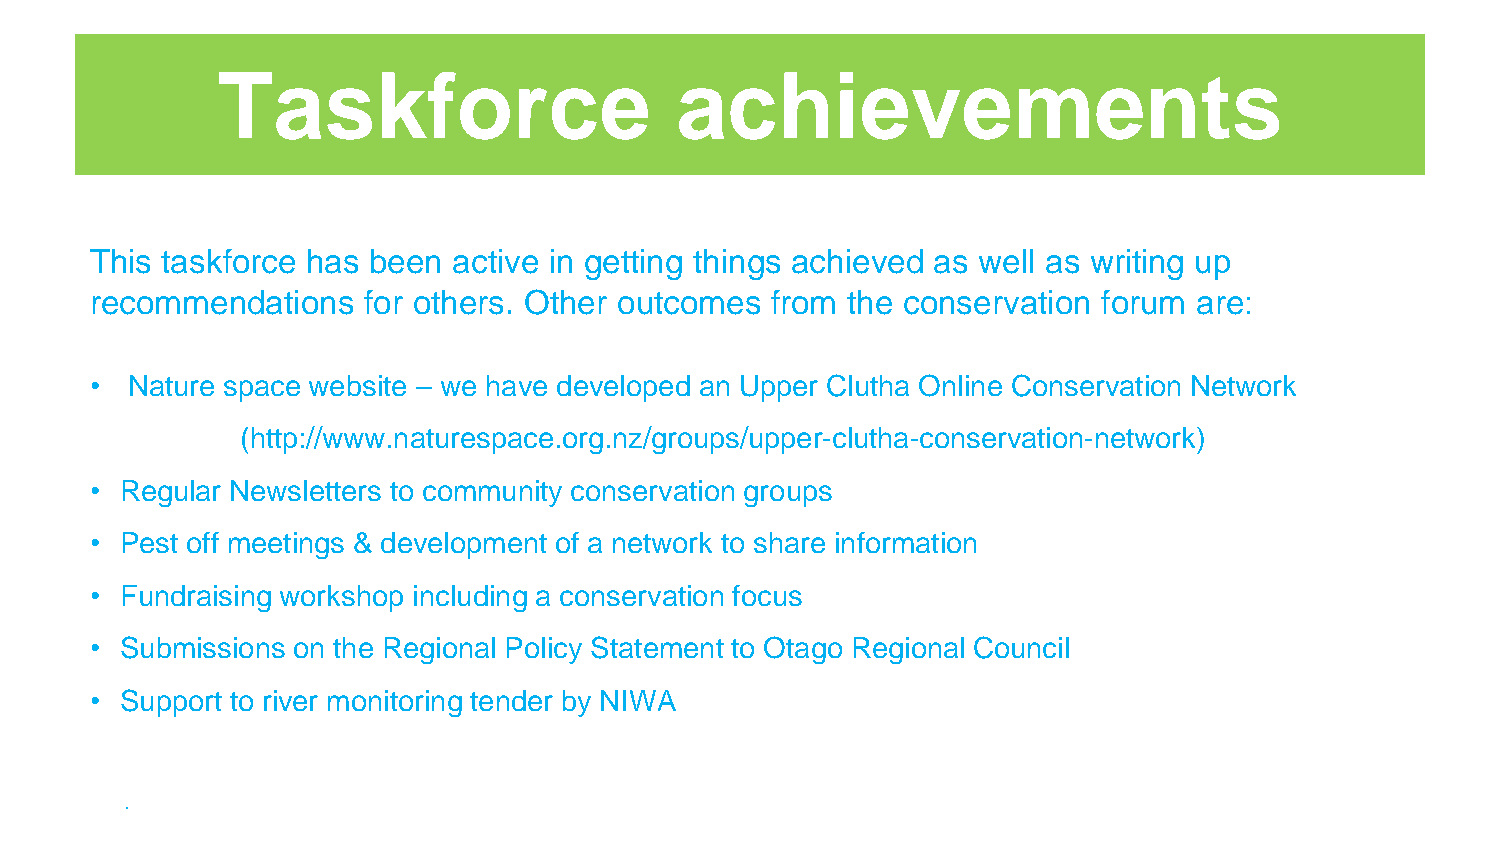
Taskforce                      achievements
 This taskforce has been active in getting things achieved as well as writing up
 recommendations   for others. Other outcomes from the conservation forum are:
 • Nature space website – we have developed an Upper Clutha Online Conservation Network
 (http://www.naturespace.org.nz/groups/upper-clutha-conservation-network)
 • Regular Newsletters to community conservation groups
 • Pest off meetings & development of a network to share information
 • Fundraising workshop including a conservation focus
 • Submissions on the Regional Policy Statement to Otago Regional Council
 • Support to river monitoring tender by NIWA
 .